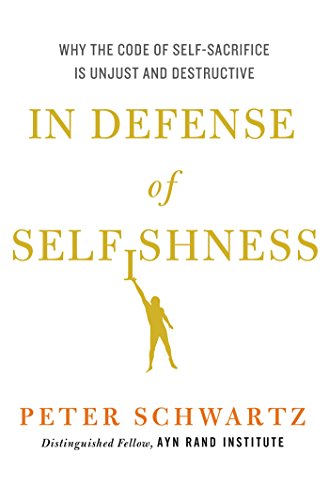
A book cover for In Defense of Selfishness: Why the Code of Self-Sacrifice is Unjust and Destructive; Peter Schwartz; Business & Money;